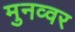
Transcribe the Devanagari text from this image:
मुनव्‍वर